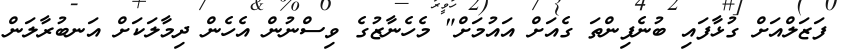
ފަޒަލްއަށް ގުޅާފައި ބުނެފިންތަ ގެއަށް އައުމަށް" މެހެނާޒުގެ ވިސްނުން އެހެން ދިމާލަކަށް އަނބުރާލަން